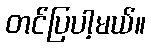
တင်ပြပါ့မယ်။